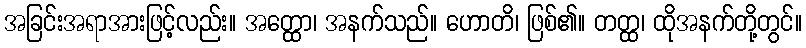
အခြင်းအရာအားဖြင့်လည်း။ အတ္ထော၊ အနက်သည်။ ဟောတိ၊ ဖြစ်၏။ တတ္ထ၊ ထိုအနက်တို့တွင်။